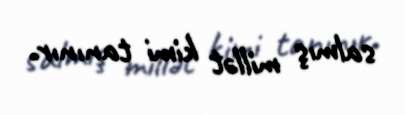
salmış millət kimi tanınır.